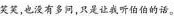
笑笑，也没有多问，只是让我听伯伯的话。